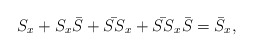
\begin{align*}S_x + S_x \bar{S} + \bar{SS}_x + \bar{SS}_x \bar{S} = \bar{S}_x,\end{align*}